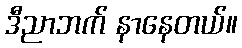
ဒီညာဘက် နာနေတယ်။